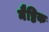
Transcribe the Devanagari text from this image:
नैष्टिक